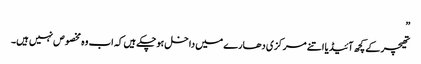
”
تھیچر کے کچھ آئیڈیا اتنے مرکزی دھارے میں داخل ہوچکے ہیں کہ اب وہ مخصوص نہیں ہیں۔